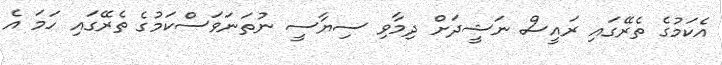
އެކަމުގެ ތެރޭގައި ރައީސް ނަޝީދަށް ދިމާވި ސިޔާސީ ނުތަނަވަސްކަމުގެ ތެރޭގައި ހަމަ އެ